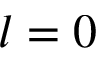
l = 0